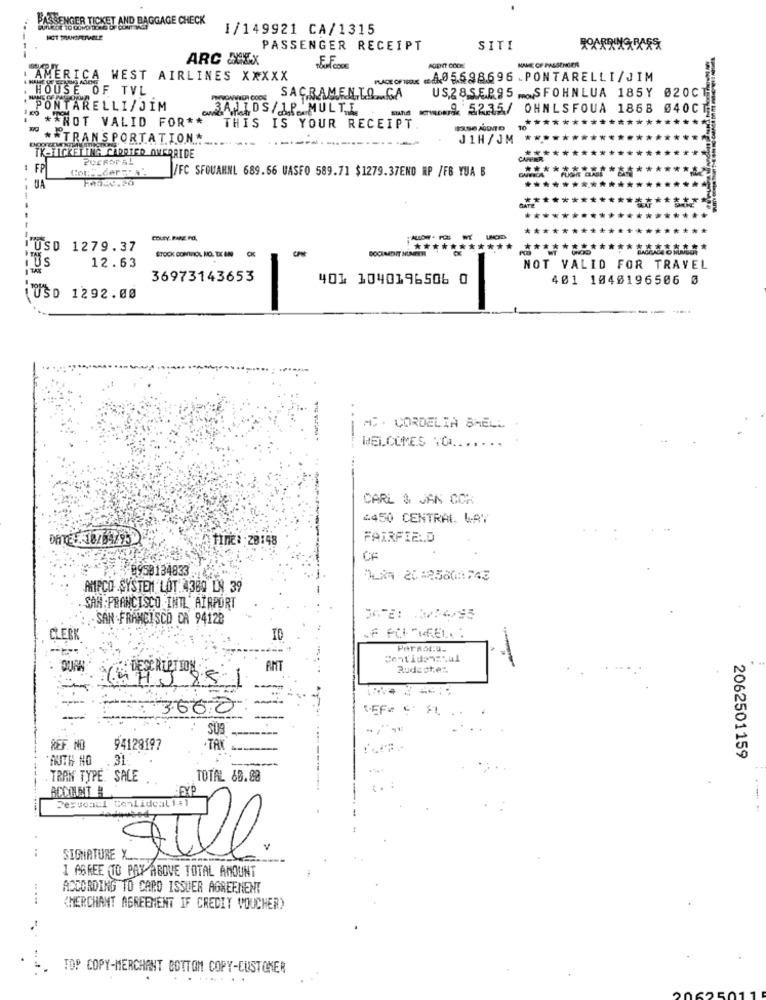
BASSENGER TICKET AND BAGGAGE CHECK
1/149921 CA/1315
PASSENGER RECEIPT
SITI
ARC MEX
AGENT COCHE
NAME OF PASSENGER
soud cook
AMERICA WEST AIRLINES XXXXX
no 598696 PONTARELLI/JIM
HOUSE OF TVL
SACRAMENTO ... GA
US28SEP95 .SFOHNLUA 185Y 020CT
PONTARELLI/JIM
3AIDS/ AP MULTI
- - 5235/ OHNLSFOUA 1868 040C
** NOT VALID FOR **
****
***
THIS IS YOUR RECEIPT
** TRANSPORTATION*
JIH /JM
TK-TICKET THANCADATED AMERRIDE
2OCHOr-SL
********
FP
ConS.der =" a'
IFC SFOUAHNL 689.66 UASFO 589.71 $1279.37ENO MP /FB YUA B
*******
UA
************
********************
*******************
******
***
--------
COUTY RARE POI,
"USD 1279.37
CK
DOCIMADIT HUNPER
*********
******
12.63
STOCK COMTRICAL NO. T.C ON
1Us
NOT VALID FOR TRAVEL
36973143653
401 1040196506 0
401 1040196506 0
LUSD 1292.00
MC . CORDELIA SHELL
WELCOMES TO
CARL & JAK CCR
4450 CENTRAL WRY
DATE :. 18/04/95
TIME: 28:48
FAIRFIELD
0958134833
Mi 20:2560:1743
AMIRCO SYSTEM LOT. 4380 LN 39
SAN: PRANCISCO INTL' AIRPORT
. SAN FRANCISCO CA 94128
CLERK
.F FOI "FEL ..
Centidenatal
AMT
Rudactet
-
73,851
3600
-
SUS
REF. NO
94128197
.TAK
AUTH NO .
2062501159
TRAN TYPE SALE
TOTAL 60.08
-EXP
.. :
Personel Conlidcali:l
..
SIGNATURE X ..
1 AGREE TO PAY ABOVE TOTAL AMOUNT
ACCORDING TO CARD ISSUER AGREEMENT
CHERCHANT AGREEMENT IF CREDIT VOUCHER)
TOP COPY-MERCHANT BOTTOM COPY-CUSTOMER